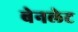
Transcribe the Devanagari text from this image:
बेनलेट